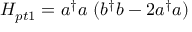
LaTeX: H _ { p t 1 } = a ^ { \dagger } a \ ( b ^ { \dagger } b - 2 a ^ { \dagger } a )